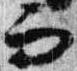
而